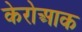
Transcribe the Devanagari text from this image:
केरोआक